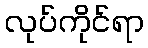
လုပ်ကိုင်ရာ